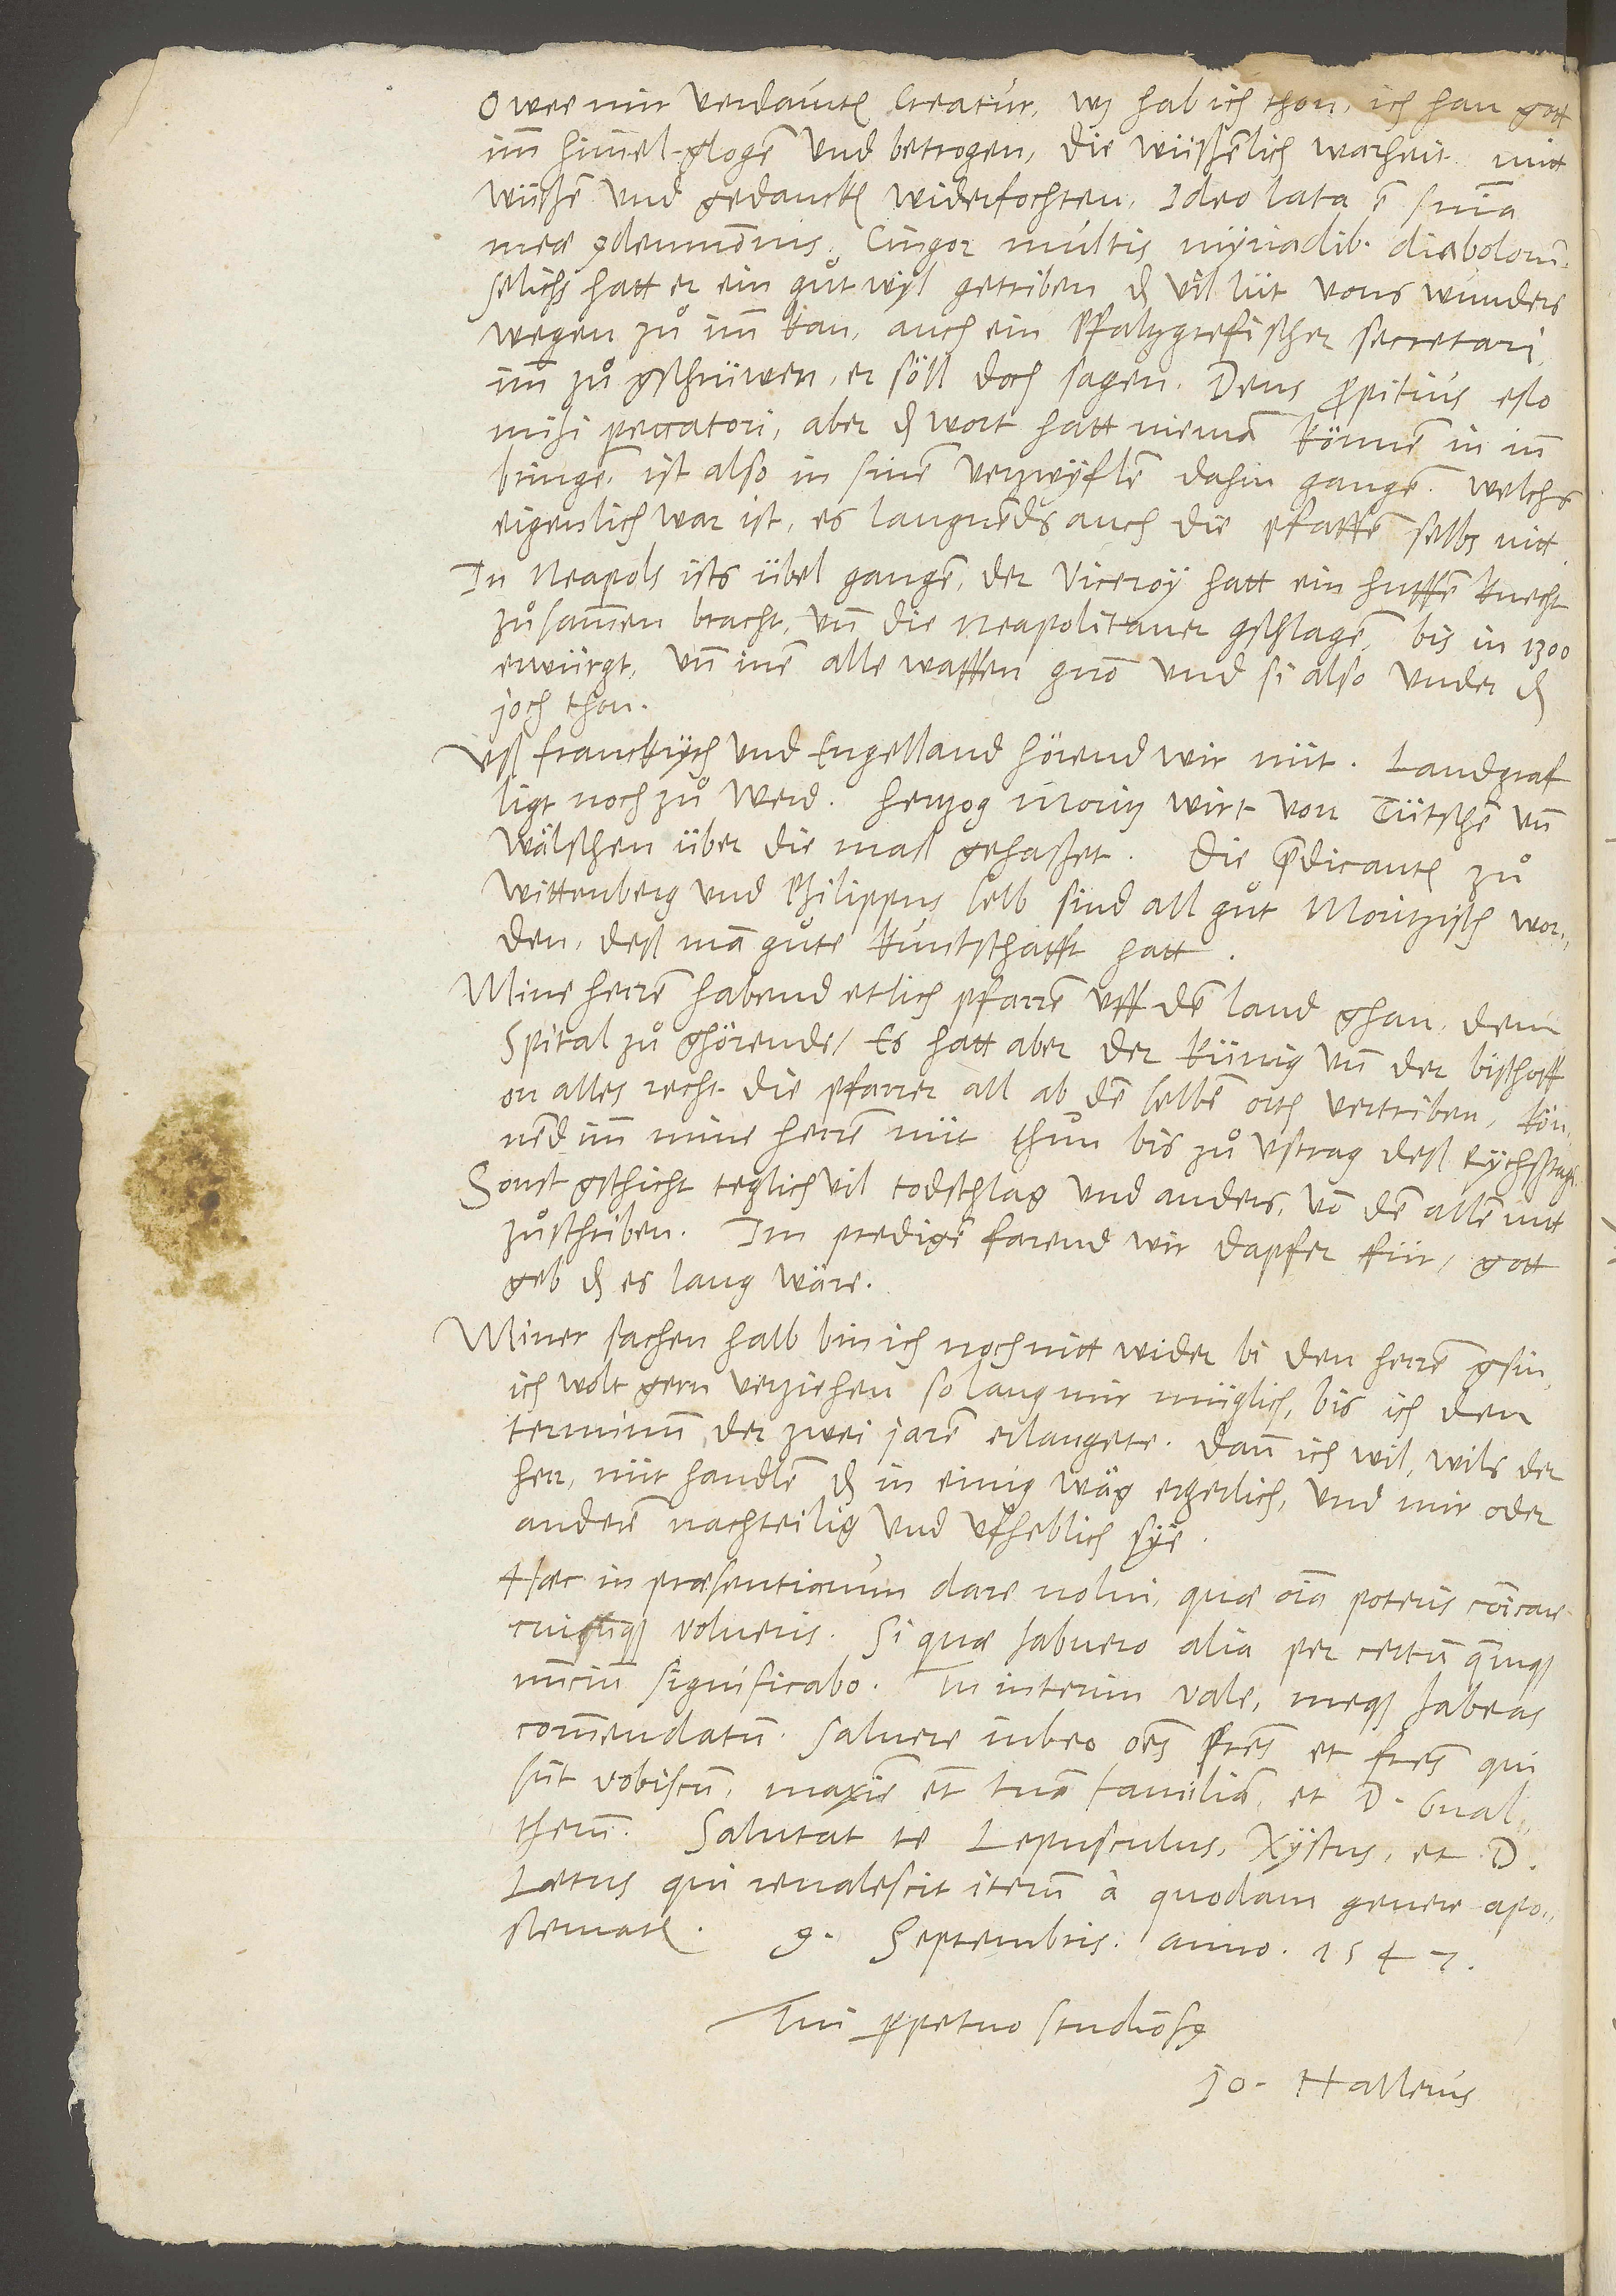
„O wee mir verdammten creatur! Was hab ich thon? Ich han gott
imm himmel glogen und betrogen, die wüßenlich warheit mitt
wüßen und gedancken widerfochten. Ideo lata est sententia
meae condemnationis! Cingor multis myriadibus diabolorum!“
Selichs hatt er ein guͦt wyl getriben, das vil lüt vons wunders
wegen zuͦ imm kan. Auch ein pfaltzgrefischer secretari
imm zuͦgschrüwen, er söll doch sagen: „Deus propitius esto
mihi peccatori!“, aber das wort hatt nieman können in inn
bringen. Ist also in sinen verzwyflen dahin gangen: Welchs
eigenlich war ist; es laugnends auch die pfaffen selbs nitt.
In Neapols ists übel gangen. Der viceroy hatt ein huffen knecht
zuͦsammenbracht und die Neapolitaner gschlagen, bis in 1’300
erwürgt und inen alle waffen gnon und si also under das
joch thon.
Uß Franckrych und Engelland hörend wir nüt. Landgraf
ligt noch zuͦ Werd. Hertzog Moritz wirt von Tütschen und
Wälschen über die maß gehaßet. Die predicanten zuͦ
Wittenberg und Philippus selb sind all guͦt moritzisch worden;
deß man guͦte kuntschafft hatt.
Mine herren habend etlich pfarren uff dem land ghan, dem
spital zuͦghörende. Es hatt aber der künig und der bischoff
on alles recht die pfarrer all ab denselben orten vertriben. Könnend
imm mine herren nüt thuͦn bis zuͦ ustrag deß rychstags.
Sonst gschicht teglich vil todschlag und anders, von dem allem nüt
zuͦ schriben. Im predigen farend wir dapfer für. Gott
geb, das es lang wäre!
Miner sachen halb bin ich noch nitt wider bi den herren gsin.
Ich wolt gern verziehen, so lang mir müglich, bis ich den
terminum der zwei jaren erlangete. Dann ich will, wils der
herr, nüt handlen, das in einig wäg ergerlich und mir oder
anderen nachteilig und ufheblich sye.
Haec in praesentiarum dare volui, quae omnia poteris communicare,
cuicumque volueris. Si quae habuero alia, per certum quemquam
nuncium significabo. Tu interim vale meque habeas
commendatum. Salvere iubeo omnes patres et fratres, qui
sunt vobiscum, maxime etiam tuam familiam et d. Gvaltherum.
Salutat te Lepusculus, Xystus et d.
Laetus, qui revalescit iterum a quodam genere apostematis.
9. septembris anno 1547.
Tui perpetuo studiosus
Jo. Hallerus.